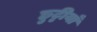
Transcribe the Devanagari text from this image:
छुट्टीयाँ